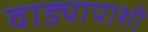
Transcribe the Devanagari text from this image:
वाड्यापाशी